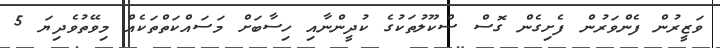
ވަޒީރުން ފެންވަރުން ފެށިގެން ގޮސް ސްކޫލުތަކުގެ ކުދީންނާއި ހިސާބަށް މަސައްކަތްތަކެއް މިވޭތުވެދިޔަ 5